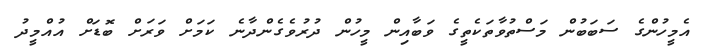
އެމީހުންގެ ސަބަބުން މަސްތުވާތަކެތީގެ ވަބާއިން މީހުން ދުރުވެގެންދާނެ ކަމަށް ވަރަށް ބޮޑަށް އުއްމީދު